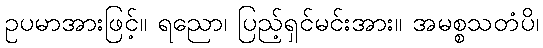
ဥပမာအားဖြင့်။ ရညော၊ ပြည့်ရှင်မင်းအား။ အမစ္စသတံပိ၊